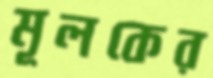
মূলকের